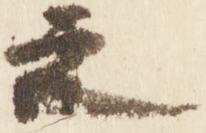
之